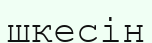
шкесін